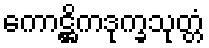
ကောဋ္ဌိကဒုက္ခသုတ္တံ